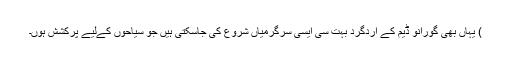
) یہاں بھی گورانو ڈیم کے اردگرد بہت سی ایسی سرگرمیاں شروع کی جاسکتی ہیں جو سیاحوں کےلیے پرکشش ہوں۔